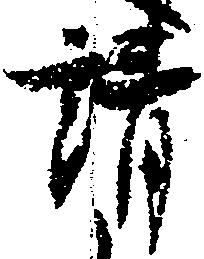
請